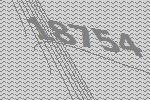
18754